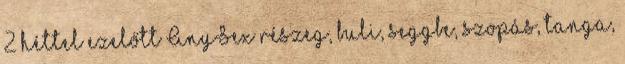
2 héttel ezelőtt AnySex részeg, buli, seggbe, szopás, tanga,